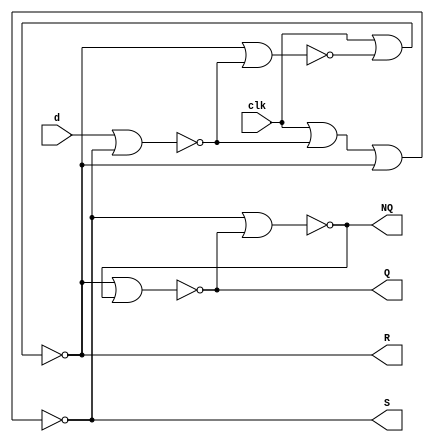
`timescale 1ns	/ 1ps
module Lab4part3(clk, d, R,	S,	Q,	NQ);
				input clk,	d;
				output R,S, Q,	NQ;
				wire d,clk;


				assign S = ~(clk | ~(d| S) | R);
				assign R = ~(clk | ~(R | ~(d | S)));				
				assign Q = ~(R | NQ);	//	R	(SET)	is	active	LOW
				assign NQ = ~(S | Q);	//	S	(RESET)	is	active	LOW

				
endmodule